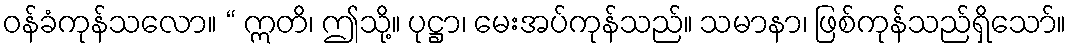
ဝန်ခံကုန်သလော။ “ ဣတိ၊ ဤသို့။ ပုဋ္ဌာ၊ မေးအပ်ကုန်သည်။ သမာနာ၊ ဖြစ်ကုန်သည်ရှိသော်။